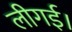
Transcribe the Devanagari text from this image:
लीगई।